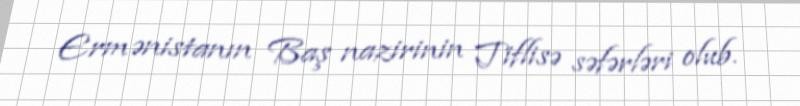
Ermənistanın Baş nazirinin Tiflisə səfərləri olub.